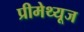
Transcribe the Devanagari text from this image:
प्रीमेथ्यूज